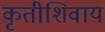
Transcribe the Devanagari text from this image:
कृतीशिवाय